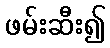
ဖမ်းဆီး၍